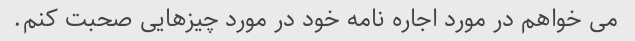
می خواهم در مورد اجاره نامه خود در مورد چیزهایی صحبت کنم.